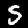
Label: 5